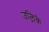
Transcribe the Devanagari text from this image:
उल्रिके